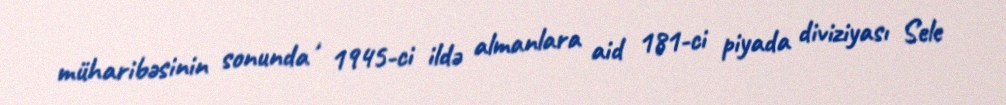
müharibəsinin sonunda , 1945-ci ildə almanlara aid 181-ci piyada diviziyası Sele